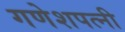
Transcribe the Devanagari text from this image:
गणेशपत्नी